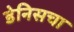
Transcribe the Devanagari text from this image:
डेनिसचा